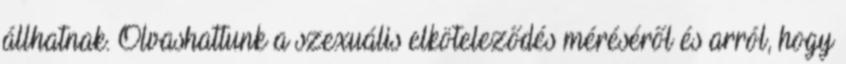
állhatnak. Olvashattunk a szexuális elköteleződés méréséről és arról, hogy